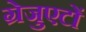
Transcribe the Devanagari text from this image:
ग्रेजुएटों